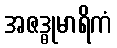
အဇဒ္ဓုမာရိကံ